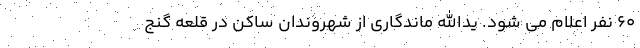
۶۰ نفر اعلام می شود. یدالله ماندگاری از شهروندان ساکن در قلعه گنج